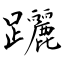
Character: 躧